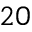
2 0